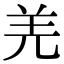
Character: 羌